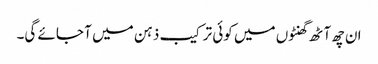
ان چھ آٹھ گھنٹوں میں کوئی ترکیب ذہن میں آ جائے گی۔